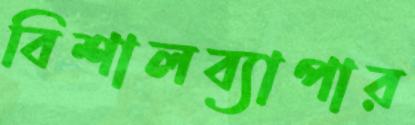
বিশালব্যাপার